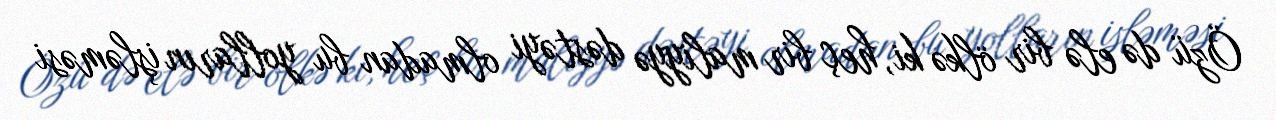
Özü də elə bir ölkə ki, heç bir maliyyə dəstəyi olmadan bu yolların işləməsi